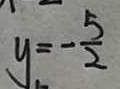
y = - \frac { 5 } { 2 }